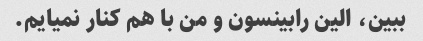
ببین، الین رابینسون و من با هم کنار نمیایم.